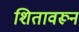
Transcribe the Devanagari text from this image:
शितावरून